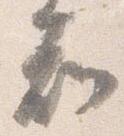
知